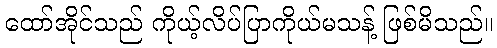
ထော်အိုင်သည် ကိုယ့်လိပ်ပြာကိုယ်မသန့် ဖြစ်မိသည်။